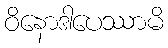
ဝိနောဒါပေဿာမိ